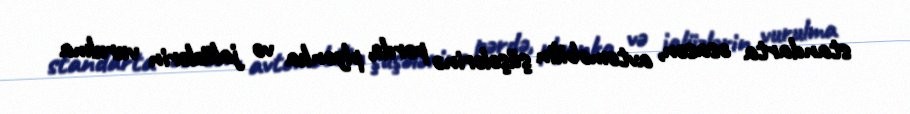
standarta əsasən, avtomobilin şüşələrinə pərdə, plyonka və jalüzlərin vurulma